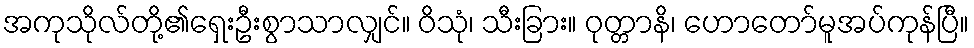
အကုသိုလ်တို့၏ရှေးဦးစွာသာလျှင်။ ဝိသုံ၊ သီးခြား။ ဝုတ္တာနိ၊ ဟောတော်မူအပ်ကုန်ပြီ။